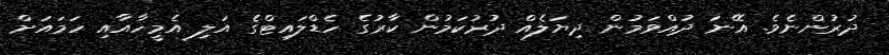
ދުރުންނެވެ. އޭނަ ދުއްވަމުން ދިޔަލެއް ދުރުކަމުން ކާރުގެ ހެޑްލައިޓްގެ އަލި އެމީހާއާއި ހަމައަށް